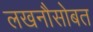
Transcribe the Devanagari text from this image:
लखनौसोबत